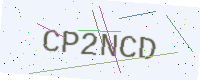
Text: CP2NCD